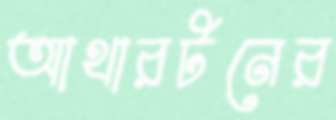
আথারটনের